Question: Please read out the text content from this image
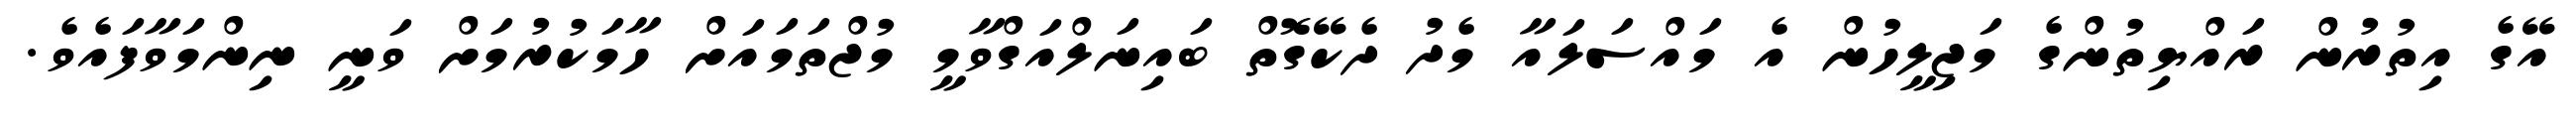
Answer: އޭގެ އިތުރުން ރައްޔިތުންގެ މަޖިލީހުން އެ މައްސަލައާ މެދު ދެކޭގޮތް ބައިނަލްއަގްވާމީ މުޖްތަމައަށް ހާމަކުރުމަށް ވަނީ ނިންމަވާފައެވެ.